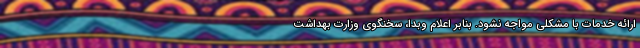
ارائه خدمات با مشکلی مواجه نشود. بنابر اعلام وبدا، سخنگوی وزارت بهداشت